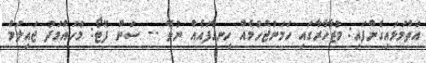
އަތްމަޅައިގެންފައި: މުޒާހާރާގައި ހަމަނުޖެހުމެއް ހިނގާފައެއް ނުވޭ -- ސަން ފޮޓޯ: މުހައްމަދު ޖައިލަމް